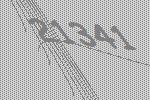
21341